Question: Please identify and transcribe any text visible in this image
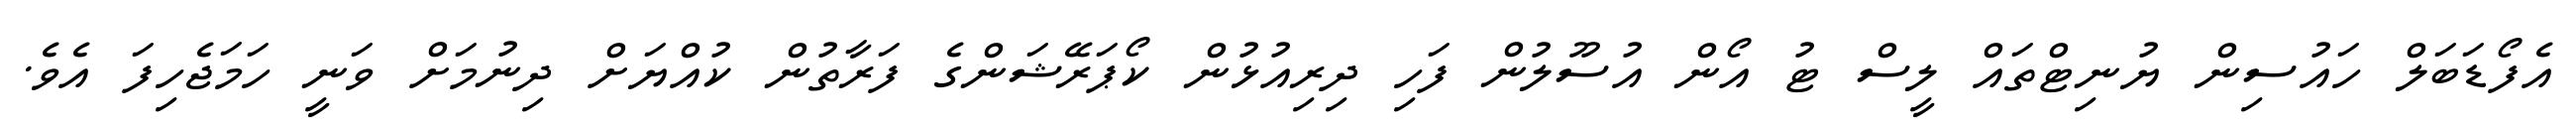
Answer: އެފޯޑަބަލް ހައުސިން ޔުނިޓްތައް ލީސް ޓު އޯން އުސޫލުން ފަހި ދިރިއުޅުން ކޯޕަރޭޝަންގެ ފަރާތުން ކުއްޔަށް ދިނުމަށް ވަނީ ހަމަޖެހިފަ އެވެ.